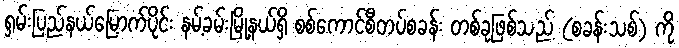
ရှမ်းပြည်နယ်မြောက်ပိုင်း နမ့်ခမ်းမြို့နယ်ရှိ စစ်ကောင်စီတပ်စခန်း တစ်ခုဖြစ်သည့် (စခန်းသစ်) ကို